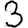
Digit: 3